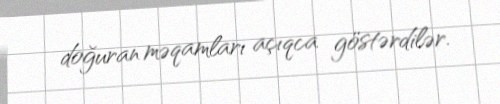
doğuran məqamları açıqca göstərdilər.